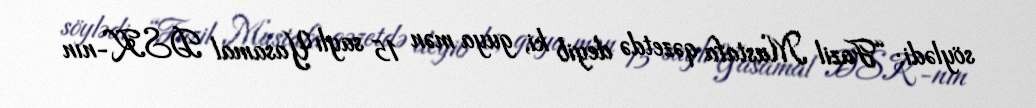
söylədi: “Fazil Mustafa qəzetdə deyib ki, guya mən 15 saylı Yasamal DSK-nın